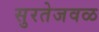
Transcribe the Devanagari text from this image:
सुरतेजवळ